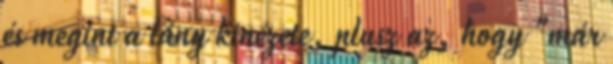
és megint a lány kinézete, plusz az, hogy "már